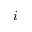
i